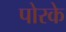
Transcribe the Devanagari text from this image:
पोरके